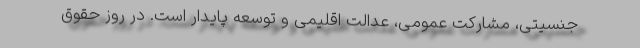
جنسیتی، مشارکت عمومی، عدالت اقلیمی و توسعه پایدار است. در روز حقوق